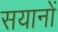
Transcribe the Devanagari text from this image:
सयानों